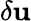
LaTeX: \delta\textbf{u}